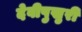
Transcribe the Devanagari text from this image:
देवीपुखुरी